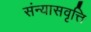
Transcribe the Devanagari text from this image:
संन्यासवृत्ति